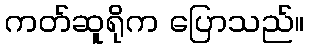
ကတ်ဆူရိုက ပြောသည်။